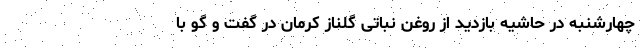
چهارشنبه در حاشیه بازدید از روغن نباتی گلناز کرمان در گفت و گو با